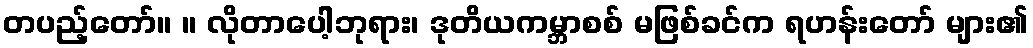
တပည့်တော်။ ။ လိုတာပေါ့ဘုရား၊ ဒုတိယကမ္ဘာစစ် မဖြစ်ခင်က ရဟန်းတော် များ၏